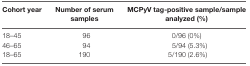
| Cohort year | Number of serum samples | MCPyV tag-positive sample/sample analyzed (%) |
 | --- | --- | --- |
 | 18–45 | 96 | 0/96 (0%) |
 | 46–65 | 94 | 5/94 (5.3%) |
 | 18–65 | 190 | 5/190 (2.6%) |